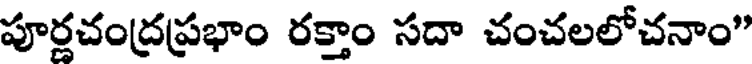
పూర్ణచంద్రప్రభాం రక్తాం సదా చంచలలోచనాం"